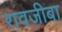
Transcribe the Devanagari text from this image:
रावजीबा